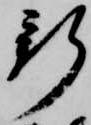
新